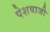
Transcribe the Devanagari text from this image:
पेशवाजी